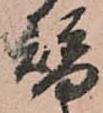
替